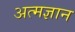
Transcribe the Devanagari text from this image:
अत्मज्ञान